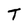
Character: T